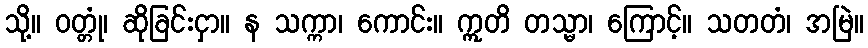
သို့။ ဝတ္တုံ၊ ဆိုခြင်းငှာ။ န သက္ကာ၊ ကောင်း။ ဣတိ တသ္မာ၊ ကြောင့်။ သတတံ၊ အမြဲ။